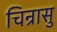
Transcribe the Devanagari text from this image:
चिन्रासु